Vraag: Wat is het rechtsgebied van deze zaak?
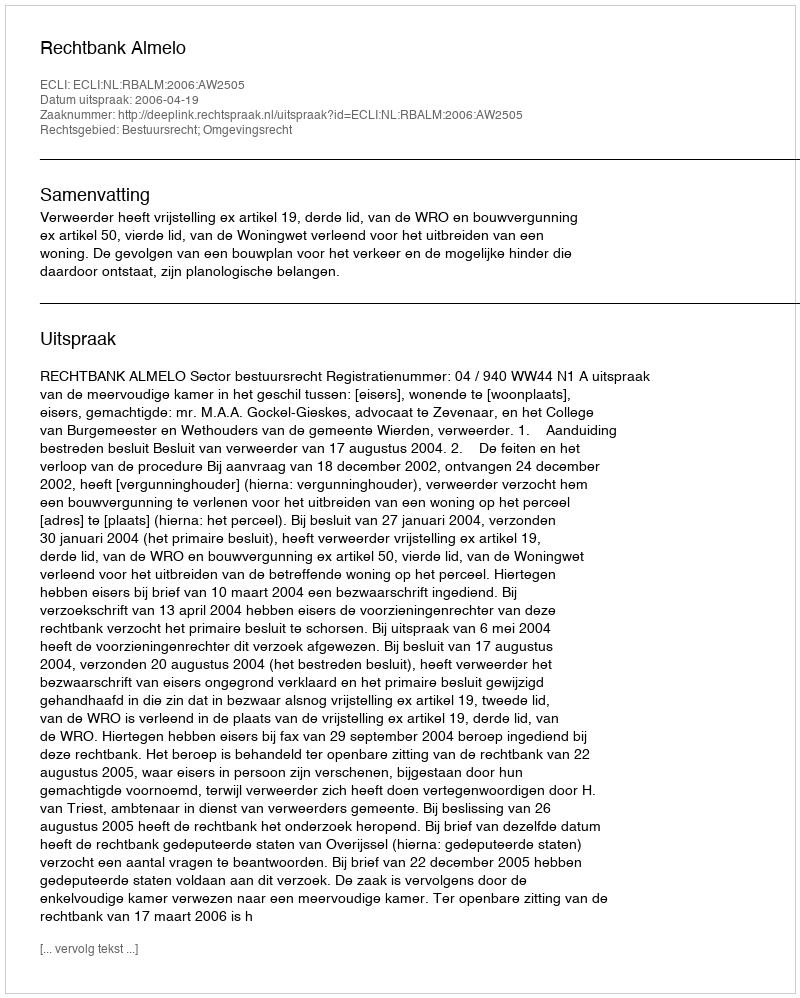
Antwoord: Bestuursrecht; Omgevingsrecht